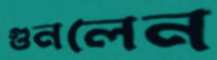
গুনলেন